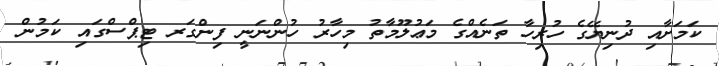
ކަމަށާއި ދުނިޔޭގެ ހުރިހާ ތަނެއްގެ މަޢުލޫމާތު މިހާރު ހުންނަނީ ފިންގަރ ޓިޕްސްގައި ކަމުން